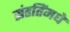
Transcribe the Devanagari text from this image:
संहतिंमधे